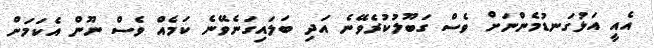
އެއީ އަޅުގަނޑުމެންނަށް ވެސް ގަބޫލުކުރެވޭނެ އަދި ބަލައިގަނެވޭނެ ކަމެއް ވެސް ނޫން އެކަމަށް